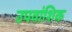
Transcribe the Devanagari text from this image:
उपवांशिक